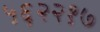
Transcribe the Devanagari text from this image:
५६२२१७